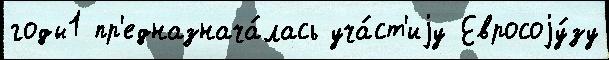
годы1 пр'едназнача́лась уча́ст'иjу Евросоjу́зу